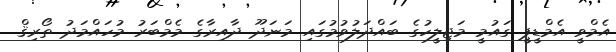
އެމްވީ އެމްޑީޕީ ގައުމީ މަޖިލީހުގެ ބައްދަލުވުމުގައި މަނަދޫ ދާއިރާގެ މެމްބަރު މުހައްމަދު ތޯރިޤް